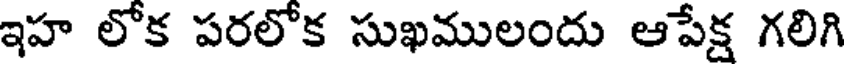
ఇహ లోక పరలోక సుఖములందు ఆపేక్ష గలిగి